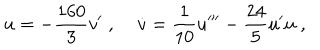
\dot { u } = - { \frac { 1 6 0 } { 3 } } v ^ { \prime } \; , \; \dot { v } = { \frac { 1 } { 1 0 } } u ^ { \prime \prime \prime } - { \frac { 2 4 } { 5 } } u ^ { \prime } u \; ,